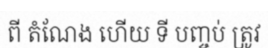
ពី តំណែង ហើយ ទី បញ្ចប់ ត្រូវ